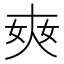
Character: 𡘘